Indian journal of veterinary science and animal husbandry - Volumes 22-23, 1952-1953
Year: 1952
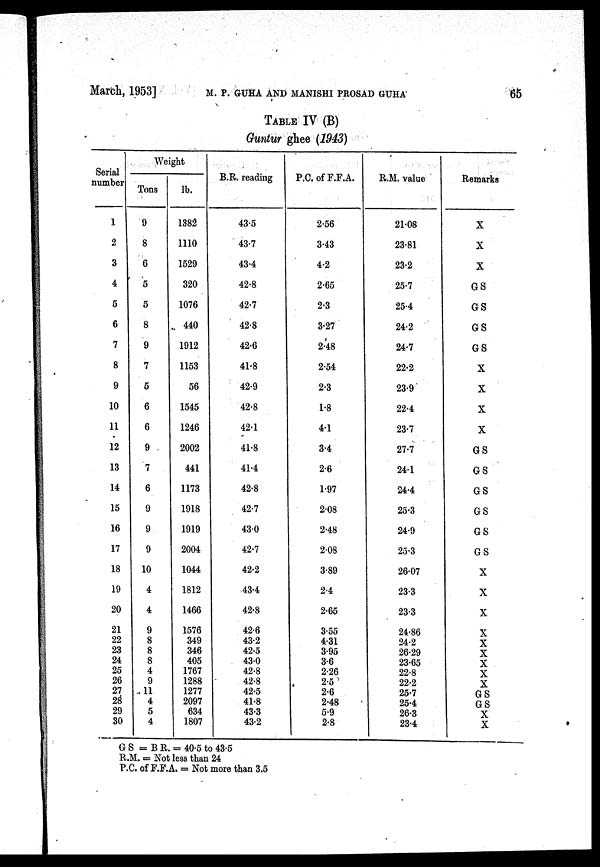
March, 1953]
M.
P.
GUHA
AND
MANISHI
PROSAD
GUHA
65
TABLE IV (B)
Guntur ghee (1943)
Serial
number
1
2
3
4
5
6
7
8
9
10
11
12
13
14
15
16
17
18
19
20
21
22
23
24
25
26
27
28
29
30
Weight
Tons
9
8
6
5
5
8
9
7
5
6
6
9
7
6
9
9
9
10
4
4
9
8
8
8
4
9
11
4
5
4
lb.
1382
1110
1529
320
1076
440
1912
1153
56
1545
1246
2002
441
1173
1918
1919
2004
1044
1812
1466
1576
349
346
405
1767
1288
1277
2097
634
1807
B.R. reading
43.5
43.7
43.4
42.8
42.7
42.8
42.6
41.8
42.9
42.8
42.1
41.8
41.4
42.8
42.7
43.0
42.7
42.2
43.4
42.8
42.6
43.2
42.5
43.0
42.8
42.8
42.5
41.8
43.3
43.2
P.C. of F.F.A.
2.56
3.43
4.2
2.65
2.3
3.27
2.48
2.54
2.3
1.8
4.1
3.4
2.6
1.97
2.08
2.48
2.08
3.89
2.4
2.65
3.55
4.31
3.95
3.6
2.26
2.5
2.6
2.48
5.9
2.8
R.M. value
21.08
23.81
23.2
25.7
25.4
24.2
24.7
22.2
23.9
22.4
23.7
27.7
24.1
24.4
25.3
24.9
25.3
26.07
23.3
23.3
24.86
24.2
26.29
23.65
22.8
22.2
25.7
25.4
26.3
23.4
Remarks
X
X
X
G S
G S
G S
G S
X
X
X
X
G S
G S
G S
G S
G S
G S
X
X
X
X
X
X
X
X
X
G S
G S
X
X
G S = B R. = 40.5 to 43.5
R.M. = Not less than 24
P.C. of F.F.A. = Not more than 3.5